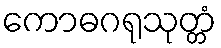
ကောဓဂရုသုတ္တံ